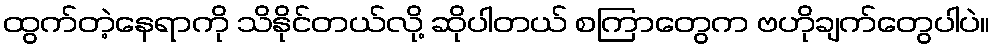
ထွက်တဲ့နေရာကို သိနိုင်တယ်လို့ ဆိုပါတယ် စကြာတွေက ဗဟိုချက်တွေပါပဲ။